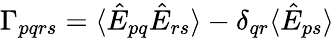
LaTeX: \Gamma_{pqrs}=\langle\hat{E}_{pq}\hat{E}_{rs}\rangle-\delta_{qr}\langle\hat{E}_{ps}\rangle